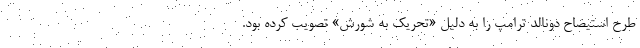
طرح استیضاح دونالد ترامپ را به دلیل «تحریک به شورش» تصویب کرده بود.